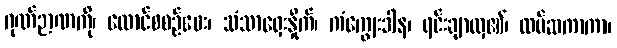
ဂုဏ်ဉာဏကို၊ ထောင်စစဉ်ဝေး၊ သံသာရှေးနှိုက်၊ ကံကျွေးဒါန၊ ရင်းချာလှ၏၊ ထပ်ဆကာကာ၊